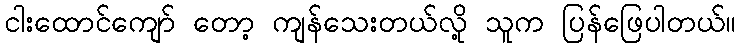
ငါးထောင်ကျော် တော့ ကျန်သေးတယ်လို့ သူက ပြန်ဖြေပါတယ်။